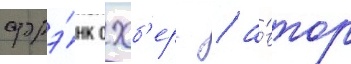
фрэ́нк охб'ерг / а́втор